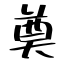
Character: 奠